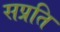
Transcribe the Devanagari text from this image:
सप्रति